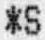
*S